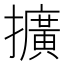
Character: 擴